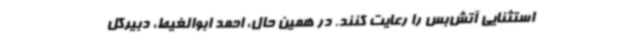
استثنایی آتش‌بس را رعایت کنند. در همین حال، احمد ابوالغیط، دبیرکل